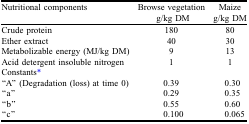
<table><thead><tr><td><b>Nutritional components</b></td><td><b>Browse vegetation g/kg DM</b></td><td><b>Maize g/kg DM</b></td></tr></thead><tbody><tr><td>Crude protein</td><td>180</td><td>80</td></tr><tr><td>Ether extract</td><td>40</td><td>30</td></tr><tr><td>Metabolizable energy (MJ/kg DM)</td><td>9</td><td>13</td></tr><tr><td>Acid detergent insoluble nitrogen</td><td>1</td><td>1</td></tr><tr><td>Constants*</td><td></td><td></td></tr><tr><td>“A” (Degradation (loss) at time 0)</td><td>0.39</td><td>0.30</td></tr><tr><td>“a”</td><td>0.29</td><td>0.35</td></tr><tr><td>“b”</td><td>0.55</td><td>0.60</td></tr><tr><td>“c”</td><td>0.100</td><td>0.065</td></tr></tbody></table>